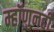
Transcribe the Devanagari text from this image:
म्हॉणुनही